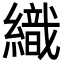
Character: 織